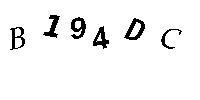
B194DC